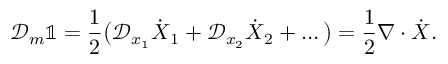
\mathcal { D } _ { m } \mathbb { 1 } = \frac { 1 } { 2 } \big ( \mathcal { D } _ { x _ { 1 } } \dot { \boldsymbol { X } } _ { 1 } + \mathcal { D } _ { x _ { 2 } } \dot { \boldsymbol { X } } _ { 2 } + \ldots \big ) = \frac { 1 } { 2 } \boldsymbol { \nabla } \cdot \dot { \boldsymbol { X } } .